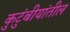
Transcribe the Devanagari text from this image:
कुटुंबीयांतील